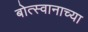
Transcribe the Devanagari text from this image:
बोत्स्वानाच्या